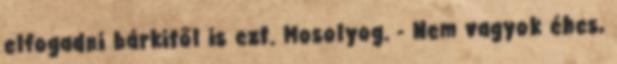
elfogadni bárkitől is ezt. Mosolyog. - Nem vagyok éhes,